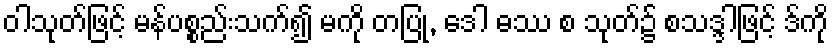
ဝါသုတ်ဖြင့် မန်ပစ္စည်းသက်၍ မကို တပြု, ဒေါ ဓဿ စ သုတ်၌ စသဒ္ဒါဖြင့် ဒ်ကို